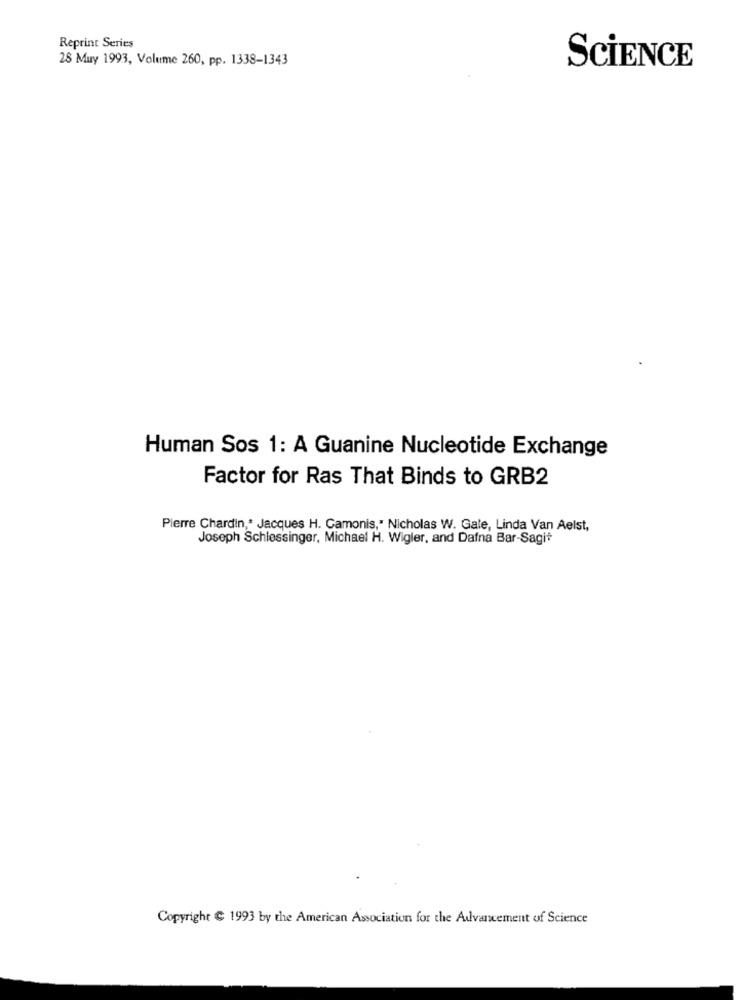
Reprint Series
28 Muy 1993, Volume 260, pp. 1338-1343
SCIENCE
Human Sos 1: A Guanine Nucleotide Exchange
Factor for Ras That Binds to GRB2
Pierre Chardin ,* Jacques H. Gamonis," Nicholas W. Gale, Linda Van Aelst,
Joseph Schlessinger, Michael H. Wigler, and Dafna Bar-Sagit
Copyright & 1993 by the American Association for the Advancement of Science